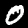
Label: 0